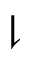
\downharpoonright